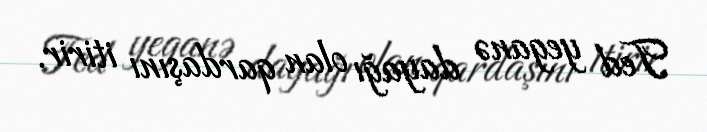
Ted yeganə dayağı olan qardaşını itirir.